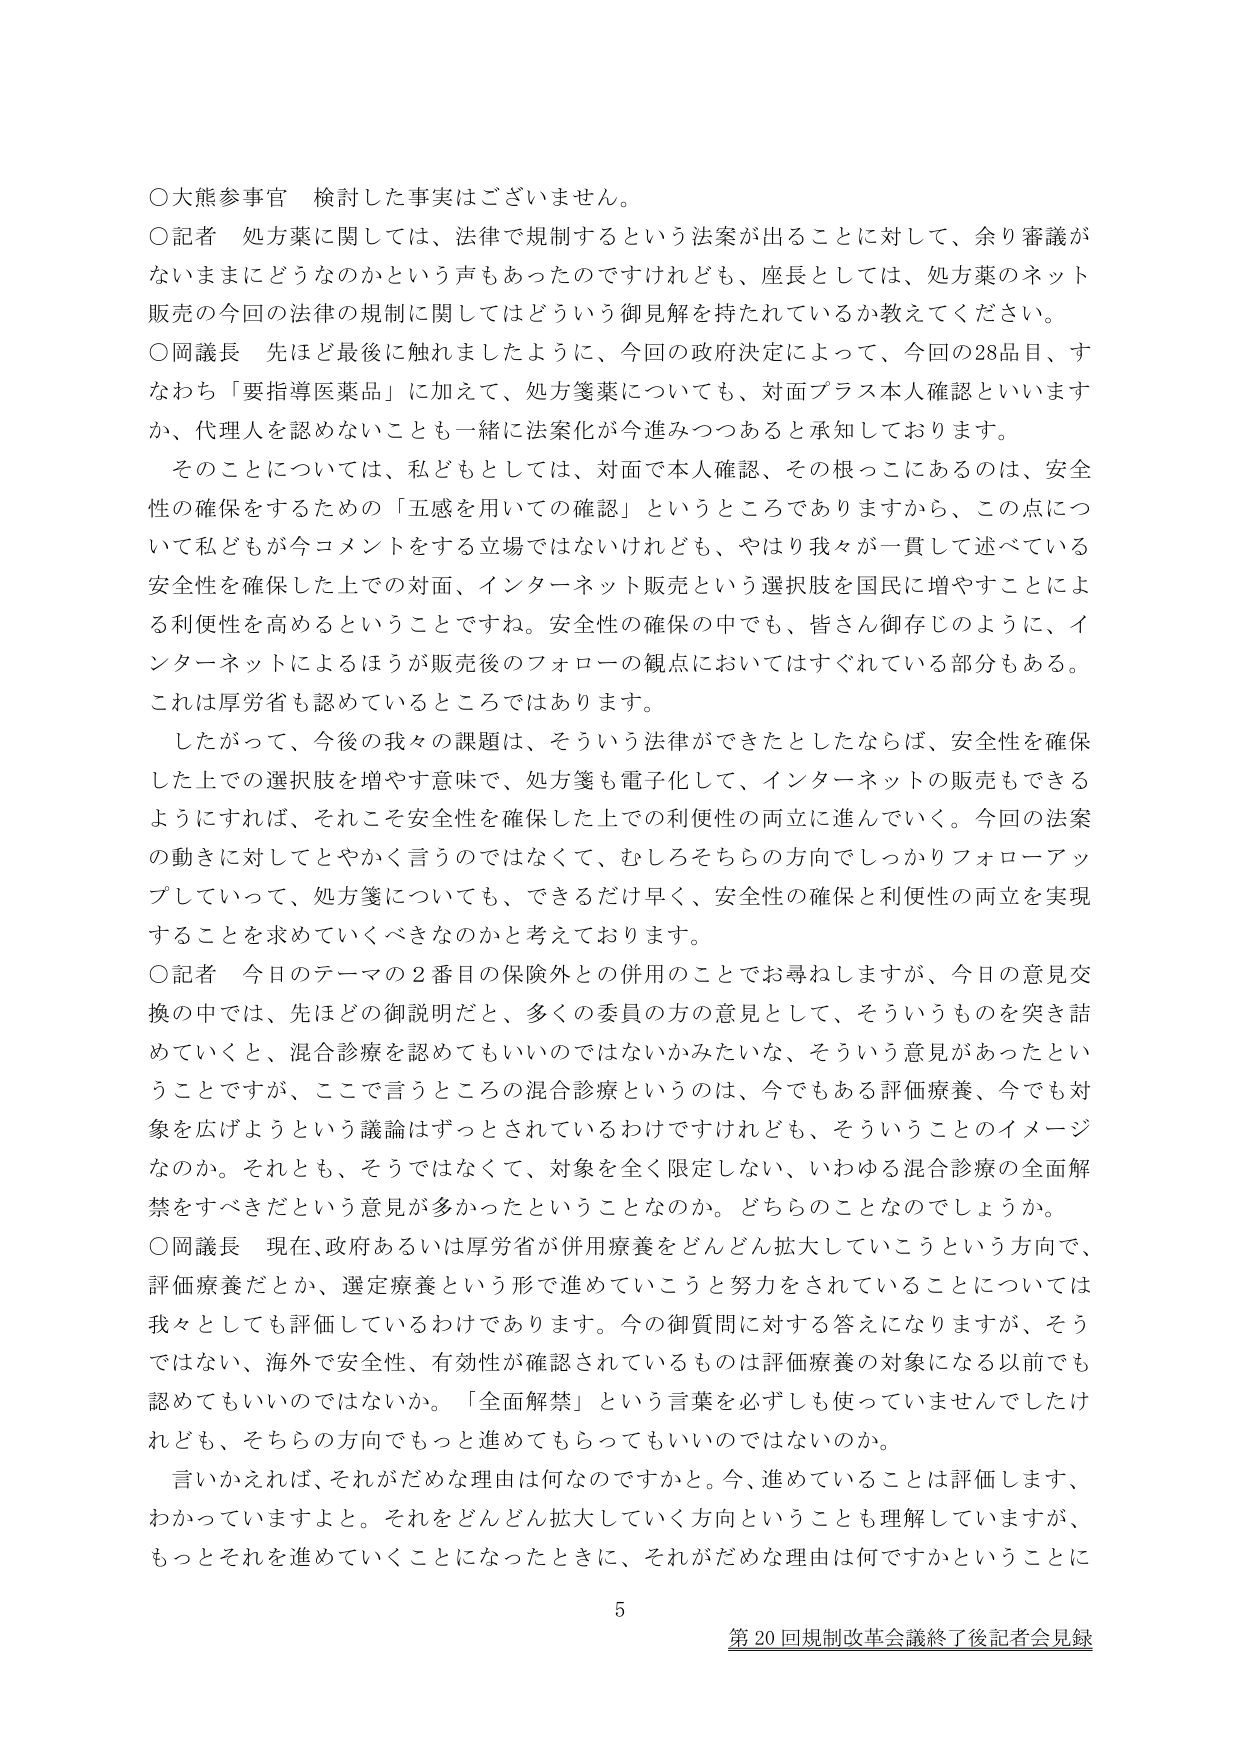
○大熊参事官 検討した事実はございません。

○記者 処方薬に関しては、法律で規制するという法案が出ることに対して、余り審議がないままにどうなのかという声もあったのですけれども、座長としては、処方薬のネット販売の今回の法律の規制に関してはどういう御見解を持たれているか教えてください。

○岡議長 先ほど最後に触れましたように、今回の政府決定によって、今回の28品目、すなわち「要指導医薬品」に加えて、処方箋薬についても、対面プラス本人確認といいますか、代理人を認めないことも一緒に法案化が今進みつつあると承知しております。

　そのことについては、私どもとしては、対面で本人確認、その根っこにあるのは、安全性の確保をするための「五感を用いての確認」というところがありますから、この点について私どもが今コメントをする立場ではないけれども、やはり我々が一貫して述べている安全性を確保した上での対面、インターネット販売という選択肢を国民に増やすことによる利便性を高めるということです。安全性の確保の中でも、皆さん御存じのように、インターネットによるほうが販売後のフォローの観点においてはすぐれている部分もある。これは厚労省も認めているところではあります。

　したがって、今後の我々の課題は、そういう法律ができたとしたならば、安全性を確保した上での選択肢を増やす意味で、処方箋も電子化して、インターネットの販売もできるようにすれば、それこそ安全性を確保した上での利便性の両立に進んでいく。今回の法案の動きに対してとやかく言うのではなくて、むしろそちらの方向でしっかりフォローアップしていって、処方箋についても、できるだけ早く、安全性の確保と利便性の両立を実現することを求めていくべきなのかと考えております。

○記者 今日のテーマの2番目の保険外との併用のことでお尋ねしますが、今日の意見交換の中では、先ほどの御説明だと、多くの委員の方の意見として、そういうものを突き詰めていくと、混合診療を認めてもいいのではないかみたいな、そういう意見があったということですが、ここで言うところの混合診療というのは、今でもある評価療養、今でも対象を広げようという議論はずっとされているわけですけれども、そういうことのイメージなのか。それとも、そうではなくて、対象を全く限定しない、いわゆる混合診療の全面解禁をすべきだという意見が多かったということなのか。どちらのことなのでしょうか。

○岡議長 現在、政府あるいは厚労省が併用療養をどんどん拡大していこうという方向で、評価療養だとか、選定療養という形で進めていこうと努力をされていることについては我々としても評価しているわけであります。今の御質問に対する答えになりますが、そうではない、海外で安全性、有効性が確認されているものは評価療養の対象になる以前でも認めてもいいのではないか。「全面解禁」という言葉を必ずしも使っていませんでしたけれども、そちらの方向でもっと進めてもらってもいいのではないか。

　言い換えれば、それがだめな理由は何なのですかと。今、進めていることは評価します、わかっていますよと。それをどんどん拡大していく方向ということも理解していますが、もっとそれを進めていくことになったときに、それがだめな理由は何ですかということに

5
第20回規制改革会議終了後記者会見録